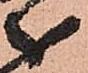
分